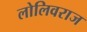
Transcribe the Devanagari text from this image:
लोलिवराज